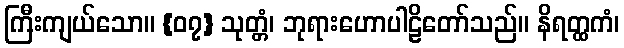
ကြီးကျယ်သော။ {၀၇} သုတ္တံ၊ ဘုရားဟောပါဠိတော်သည်။ နိရတ္ထကံ၊